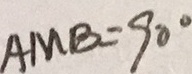
A M B = 9 0 ^ { \circ }